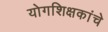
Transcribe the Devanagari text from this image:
योगशिक्षकांचे